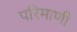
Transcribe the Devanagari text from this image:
परिमाणी